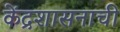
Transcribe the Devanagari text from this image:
केंद्रशासनाची